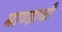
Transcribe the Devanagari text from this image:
माण्डावी